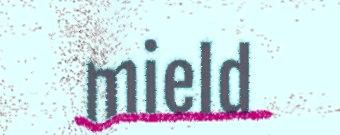
mield